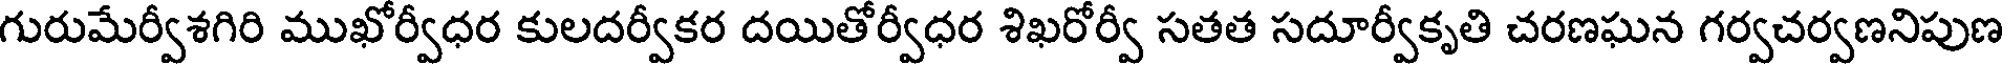
గురుమేర్వీశగిరి ముఖోర్వీధర కులదర్వీకర దయితోర్వీధర శిఖరోర్వీ సతత సదూర్వీకృతి చరణఘన గర్వచర్వణనిపుణ